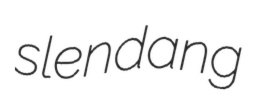
slendang